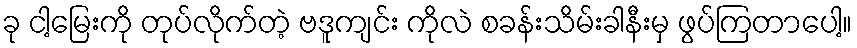
ခု ငါ့မြေးကို တုပ်လိုက်တဲ့ ဗဒူကျင်း ကိုလဲ စခန်းသိမ်းခါနီးမှ ဖွပ်ကြတာပေါ့။